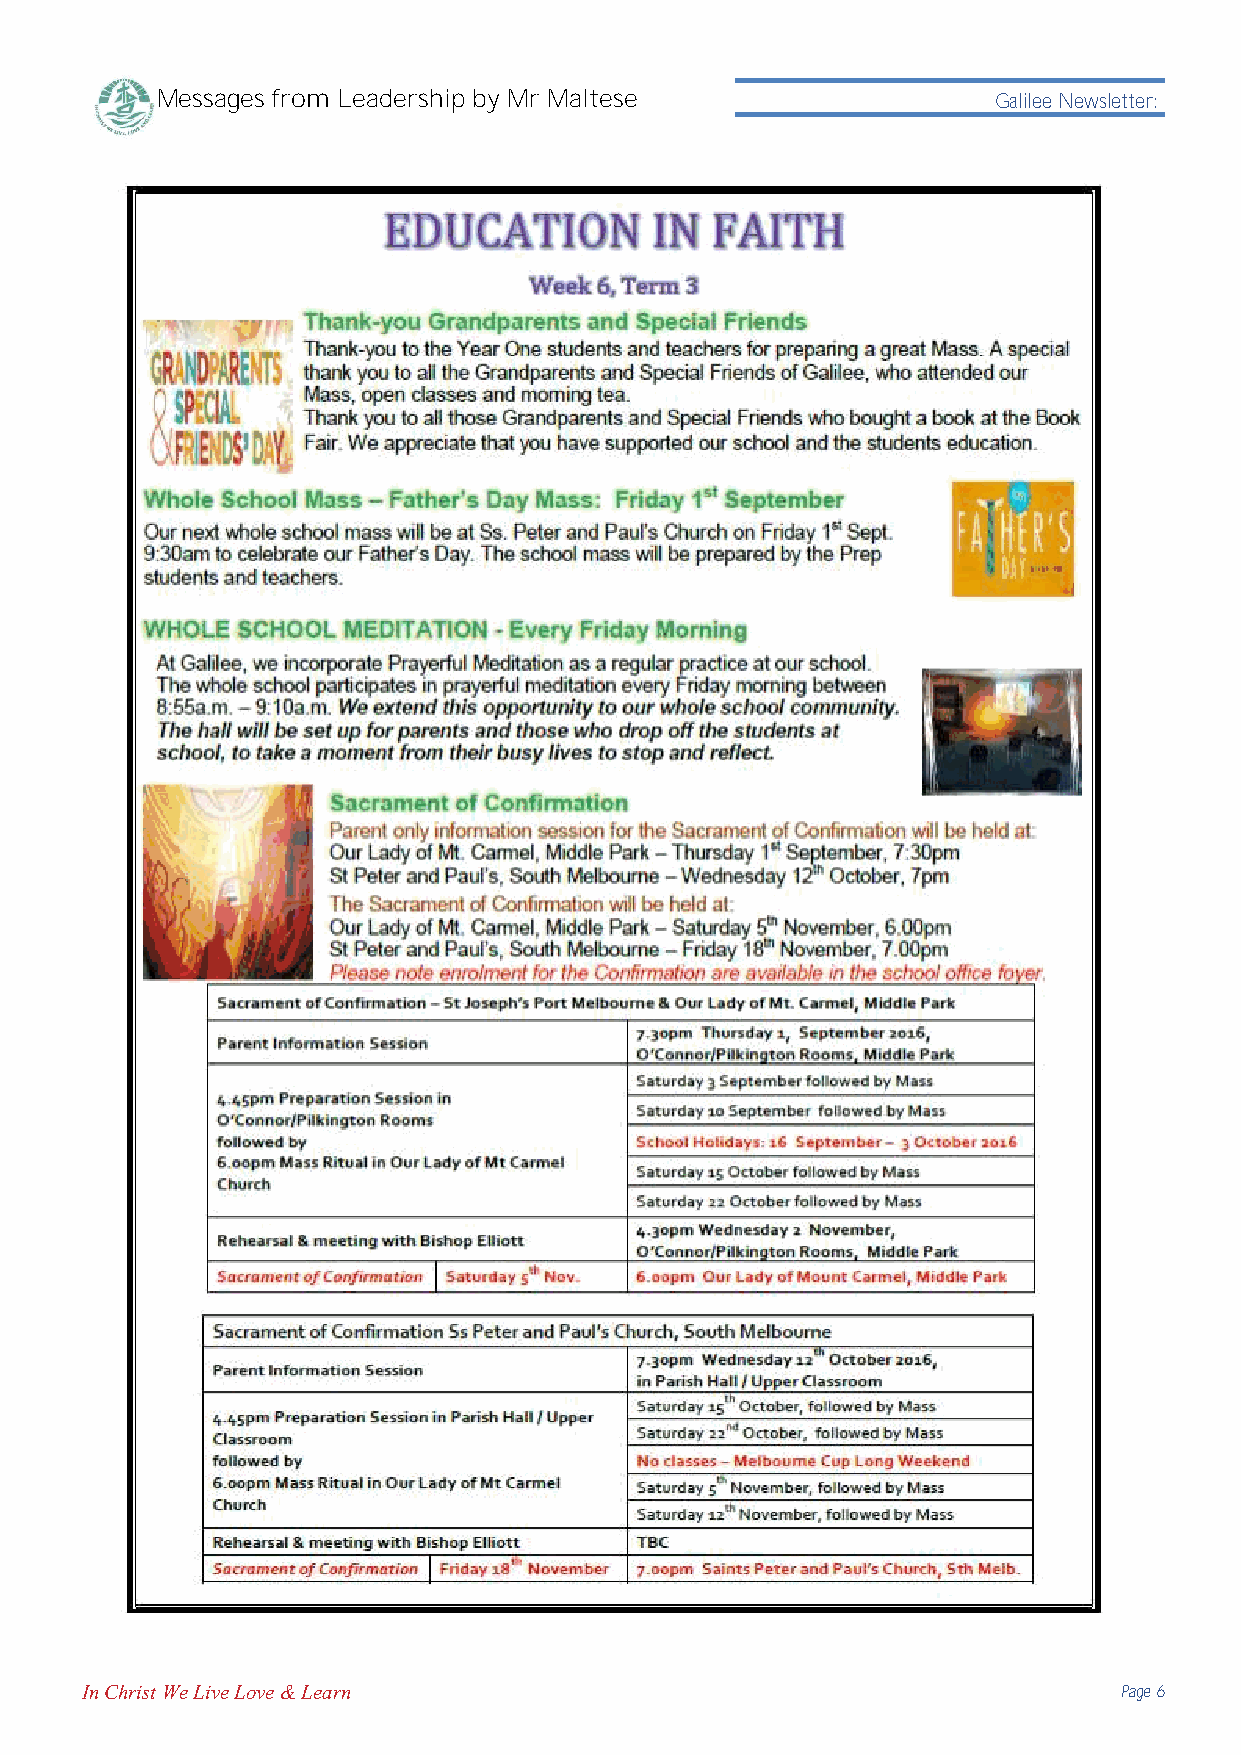
Messages from Leadership by Mr Maltese                  Galilee Newsletter:
 In Christ We Live Love & Learn                                       Page 6